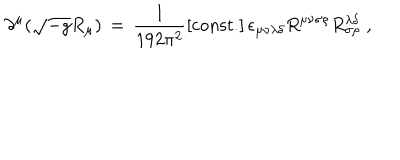
LaTeX: \partial ^ { \mu } ( \sqrt { - g } R _ { \mu } ) \, = \, \frac { 1 } { 1 9 2 \pi ^ { 2 } } \left[ \mathrm { c o n s t . } \right] \epsilon _ { \mu \nu \lambda \delta } R ^ { \mu \nu \sigma \rho } R _ { \sigma \rho } ^ { \lambda \delta } \; ,